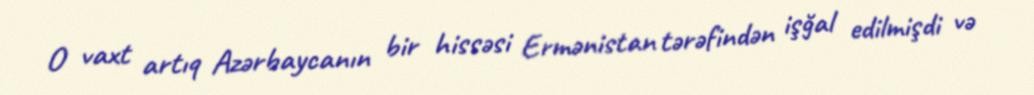
O vaxt artıq Azərbaycanın bir hissəsi Ermənistan tərəfindən işğal edilmişdi və